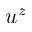
u ^ { z }